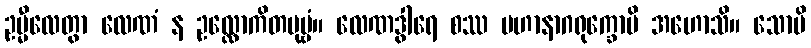
ဥမ္မီလေတွာ လေဏံ န ဥလ္လောကိတပုဗ္ဗံ။ လေဏဒွါရေ စဿ မဟာနာဂရုက္ခောပိ အဟောသိ။ သောပိ